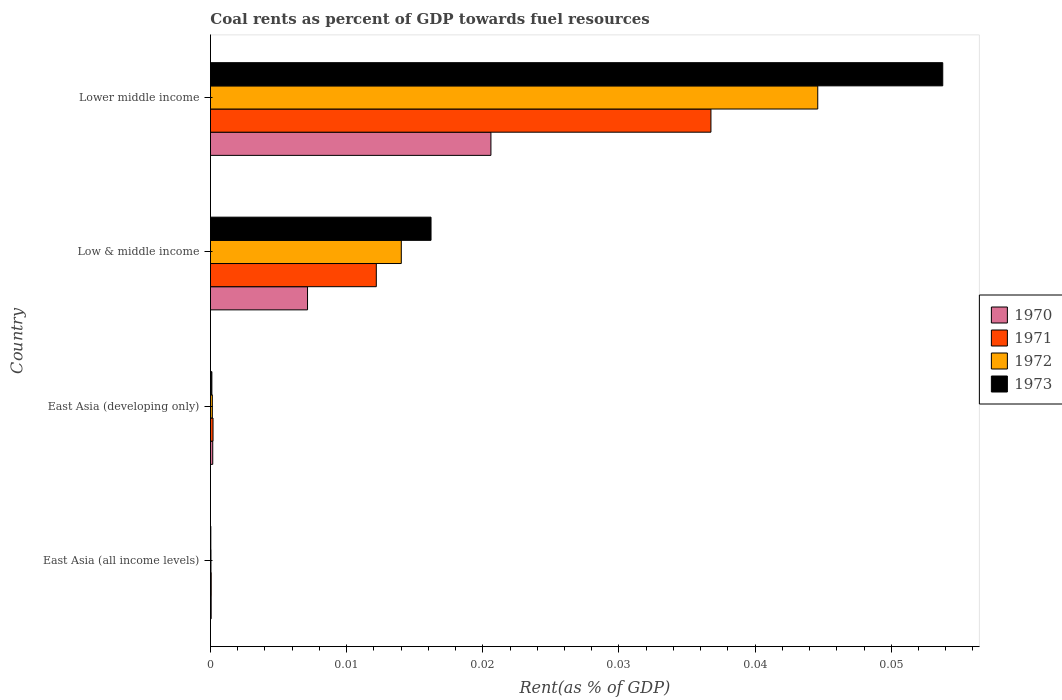
| Country | 1970 | 1971 | 1972 | 1973 |
 | --- | --- | --- | --- | --- |
 | East Asia (all income levels) | 5.13e-05 | 5.47e-05 | 3.68e-05 | 2.64e-05 |
 | East Asia (developing only) | 0.000167 | 0.000187 | 0.000138 | 0.000103 |
 | Low & middle income | 0.00713 | 0.0122 | 0.014 | 0.0162 |
 | Lower middle income | 0.0206 | 0.0368 | 0.0446 | 0.0538 |